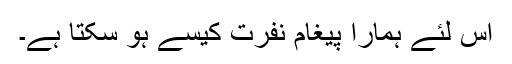
اس لئے ہمارا پیغام نفرت کیسے ہو سکتا ہے۔